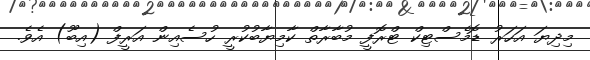
މިދިޔަ އަހަރު ޑޮމެސްޓިކް ޓްރޮފީ މުބާރާތް ކާމިޔާބުކުރީ ހުސެއިން އަރީފް (އިބޫ) އެވެ.